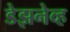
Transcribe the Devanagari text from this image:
डेझनेव्ह